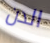
الدن